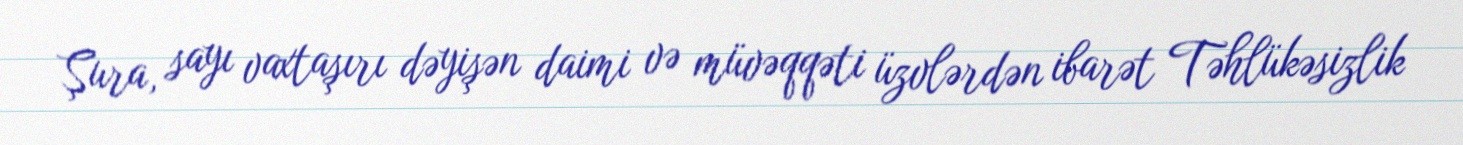
Şura, sayı vaxtaşırı dəyişən daimi və müvəqqəti üzvlərdən ibarət Təhlükəsizlik